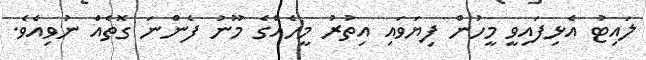
ލައިޓު އެޅިފައިވީ މީހުން ފިޔަވައި އިތުރު މީހެއްގެ މޫނު ފެންނަ ގޮތެއް ނުވިއެވެ.